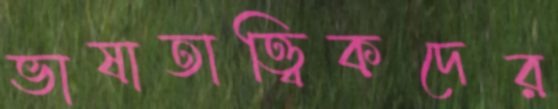
ভাষাতাত্ত্বিকদের